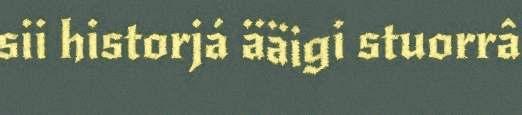
sii historjá ääigi stuorrâ